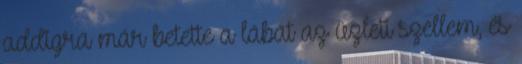
addigra már betette a lábát az üzleti szellem, és